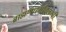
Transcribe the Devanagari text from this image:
ब्राह्मणधर्मावलम्बी